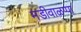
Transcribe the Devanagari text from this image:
मडीवाळप्पा